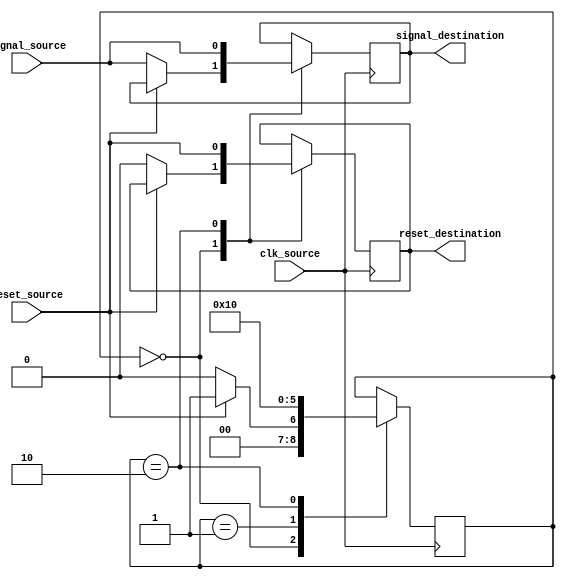
module synchronizer_with_reset (
    input wire clk_source,
    input wire reset_source,
    input wire signal_source,
    output reg signal_destination,
    output reg reset_destination
);

reg [2:0] sync_state;
reg [1:0] sync_reset_state;

always @(posedge clk_source) begin
    case (sync_state)
        0: begin
            if (reset_source) begin
                sync_state <= 1;
                sync_reset_state <= 1;
            end else begin
                sync_state <= 0;
                sync_reset_state <= 0;
                signal_destination <= signal_source;
                reset_destination <= reset_source;
            end
        end
        1: begin
            sync_state <= 2;
            sync_reset_state <= 2;
        end
        2: begin
            sync_state <= 0;
            sync_reset_state <= 0;
            signal_destination <= signal_source;
            reset_destination <= reset_source;
        end
    endcase
end

endmodule